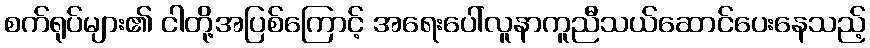
စက်ရုပ်များ၏ ငါတို့အပြစ်ကြောင့် အရေးပေါ်လူနာကူညီသယ်ဆောင်ပေးနေသည့်